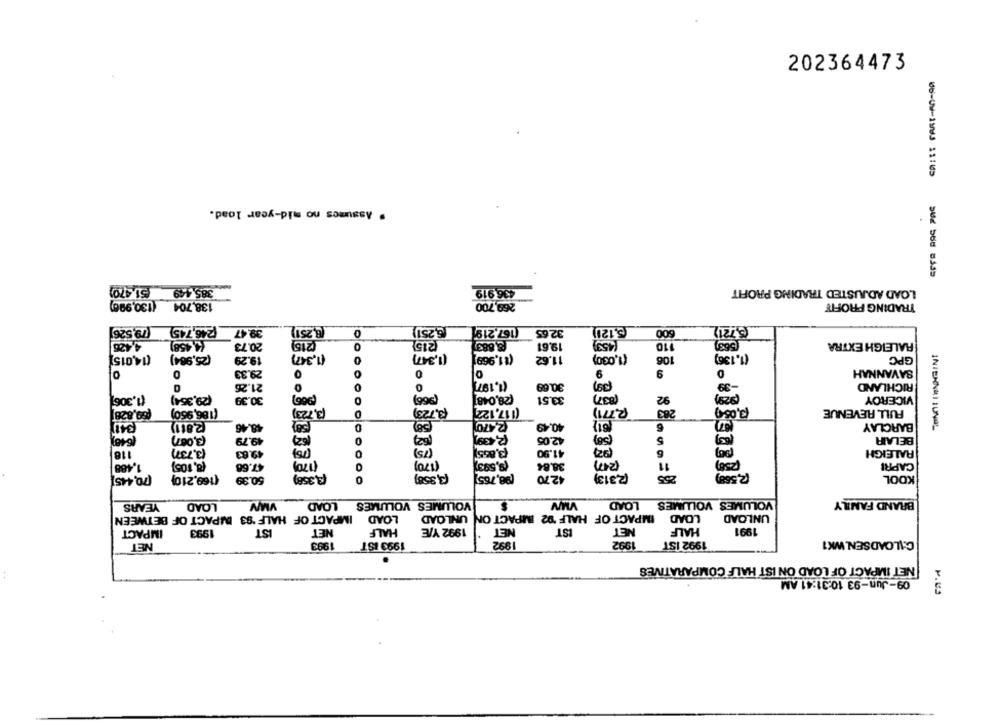
202364473
" Assumes no mid-year load.
(51,470)
385.449
436 919
LOAD ADJUSTED TRADING PROFIT
138,704 (130,996)
269,700
TRADING PROFIT
(246,745) (79,526
39.47
(8,251)
0
(3,251)
(167.219
32.65
6,121)
600
5.721)
(453)
4,426
(458)
20.73
(215)
0
₹15
8,883
19.61
110
(563)
RALEIGH EXTRA
(14,015]
(25,984)
19.29
(1,347)
(1,347)
(11,969]
11.62
(1,030)
106
(1,136)
GPC
0
29.33
0
O
0
9
9
0
SAVANNAH
(1,197]
-39
21.26
0
30.69
RICHLAND
(1,306]
(29,354)
30.39
(366)
(28,048]
33.51
(837)
92
929
VICEROY
669,828
(186,950)
(3,723)
(3,723)
(117,122
R771)
263
(0,05)
FULL REVENUE
(2,811)
48.46
2,470
40.49
6
BARCLAY
(6-40)
(3,087)
49.79
0
(62)
42.05
(58)
5
BELAIR
INIENNAIIUNGL
(3,855
118
(3,737)
49.83
0
(75)
41.90
6
RALEIGH
(170)
(9,593)
RM
1,488
(8,105)
47.68
(170)
38.84
11
CAPRI
(70,445]
(169,210}
(3,358)
(98,765]
4270
(2,313)
255
(2,568)
KOOL
50.99
0
YEARS
LOAD
VMV
LOAD
VOLUMES VOLUMES
VMV
LOAD
VOLUMES VOLUMES
BRAND FAMILY
IMPACT OF HALF '93 IMPACT OF BETWEEN
LOAD
UNLOAD
IMPACT OF HALF 92 IMPACT ON
LOAD
UNLOAD
HALF
IMPACT
1993
IST
NET
HALF
1992 Y/E
NET
IST
NET
1991
1992
1992 IST
C:\LOADSEN.WK1
NET
1993
1993 IST
1992
NET IMPACT OF LOAD ON IST HALF COMPARATIVES
09-Jun-93 10:31:41 AM